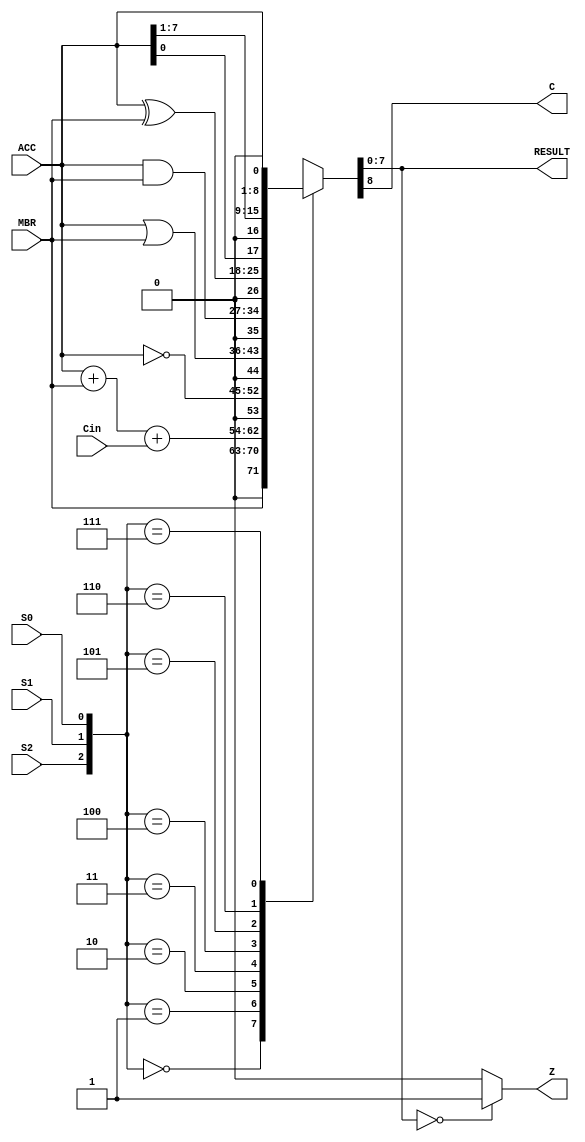
//Modulo Aritmethic Logic Unit
module ALU (S0, S1, S2, ACC, MBR, Cin, RESULT, C, Z);
input S0, S1, S2, Cin;
input [7:0] ACC, MBR;
output [7:0] RESULT;
output C, Z;

wire [8:0] ACC1, MBR1;
reg [8:0]TEMP;

assign MBR1 = {1'b0, MBR};
assign ACC1 = {1'b0, ACC};


always @(*)
	begin
		case ({S2,S1,S0})
			3'b000: TEMP <= MBR1;
			3'b001: TEMP <= ACC1 + MBR1 + Cin;
			3'b010: TEMP <= {1'b0, ~ACC};
			3'b011: TEMP <= ACC1|MBR1;
			3'b100: TEMP <= ACC1&MBR1;
			3'b101: TEMP <= ACC1^MBR1;
			3'b110: TEMP <= {ACC[0],1'b0,ACC[7:1]};
			3'b111: TEMP <= {ACC, 1'b0};
		endcase
	end
assign Z = (TEMP[7:0] == 8'b00000000)?  1'b1:1'b0;
assign C = TEMP[8];
assign RESULT = TEMP[7:0];

endmodule